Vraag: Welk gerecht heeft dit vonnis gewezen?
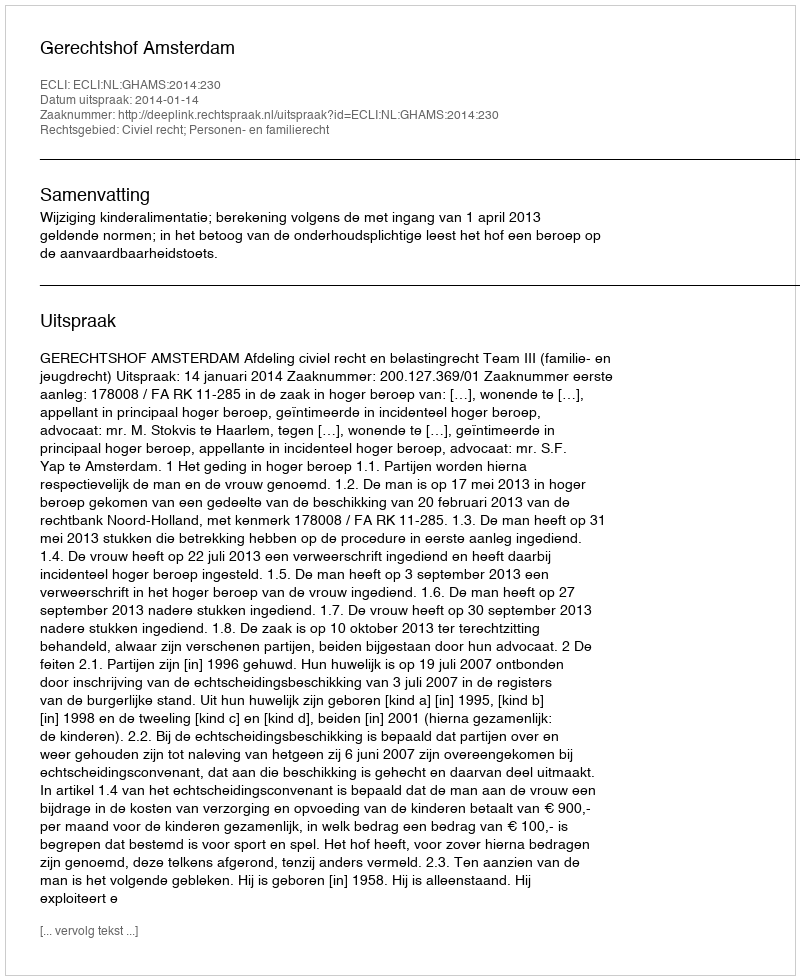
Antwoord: Gerechtshof Amsterdam